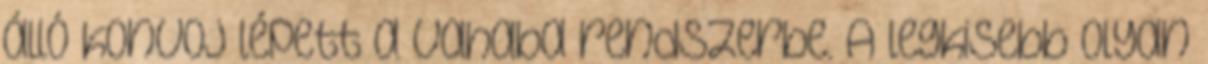
álló konvoj lépett a Vahaba rendszerbe. A legkisebb olyan